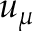
u _ { \mu }